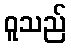
ဝူသည်